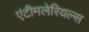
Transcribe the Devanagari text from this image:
एंटीमलेरियल्स